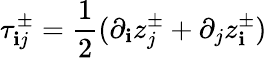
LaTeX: \tau_{\mathbf{i}j}^{\pm}=\frac{{1}}{{2}}(\partial_{\mathbf{i}}z_{j}^{\pm}+\partial_{j}z_{\mathbf{i}}^{\pm})